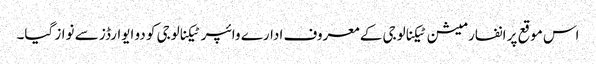
اس موقع پر انفارمیشن ٹیکنالوجی کے معروف ادارے وائپر ٹیکنالوجی کو دو ایوارڈز سے نواز گیا۔